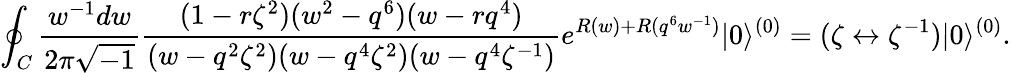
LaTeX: \oint_{C}\frac{w^{-1}dw}{2\pi\sqrt{-1}}\frac{(1-r\zeta^{2})(w^{2}-q^{6})(w-rq^{4})}{(w-q^{2}\zeta^{2})(w-q^{4}\zeta^{2})(w-q^{4}\zeta^{-1})}e^{R(w)+R(q^{6}w^{-1})}|0\rangle^{(0)}=(\zeta\leftrightarrow\zeta^{-1})|0\rangle^{(0)}.